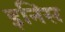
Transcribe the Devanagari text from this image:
इनिंस